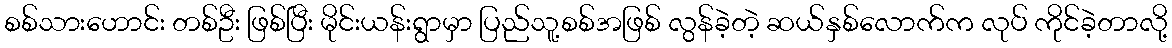
စစ်သားဟောင်း တစ်ဦး ဖြစ်ပြီး မိုင်းယန်းရွာမှာ ပြည်သူ့စစ်အဖြစ် လွန်ခဲ့တဲ့ ဆယ်နှစ်လောက်က လုပ် ကိုင်ခဲ့တာလို့